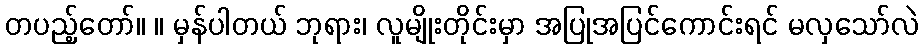
တပည့်တော်။ ။ မှန်ပါတယ် ဘုရား၊ လူမျိုးတိုင်းမှာ အပြုအပြင်ကောင်းရင် မလှသော်လဲ